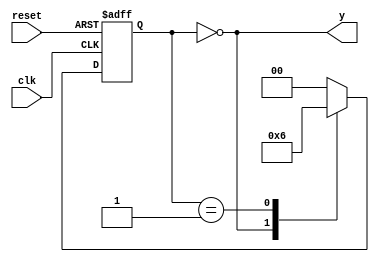
module task1_111(
    input clk,
    input reset,
    output y
);

reg [1:0] state, nextstate;
parameter S0 = 2'b00, S1 = 2'b01, S2 = 2'b10;

always @ (posedge clk, posedge reset)
    if(reset) state <= S0;
    else state <= nextstate;

always @ (*)
    case(state)
        S0: nextstate = S1;
        S1: nextstate = S2;
        S2: nextstate = S0;
        default: nextstate = S0;
    endcase

assign y = (state == S0);
endmodule